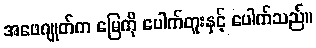
အဖေဂျုတ်က မြေကို ပေါက်တူးနှင့် ပေါက်သည်။